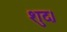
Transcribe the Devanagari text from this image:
शुद।